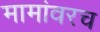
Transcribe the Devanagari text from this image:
मामांवरच